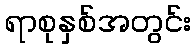
ရာစုနှစ်အတွင်း